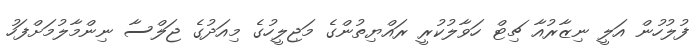
ފުލުހުން އަލީ ނިޒާރުއާ ޗިޓް ހަވާލުކުރީ ރައްޔިތުންގެ މަޖިލީހުގެ މިއަދުގެ ޖަލްސާ ނިންމާލުމަށްފަހު